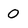
Character: 0